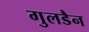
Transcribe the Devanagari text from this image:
गुलडैन